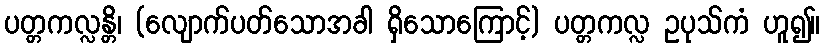
ပတ္တကလ္လန္တိ၊ (လျောက်ပတ်သောအခါ ရှိသောကြောင့်) ပတ္တကလ္လ ဥပုသ်ကံ ဟူ၍။